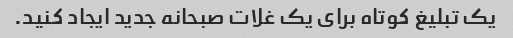
یک تبلیغ کوتاه برای یک غلات صبحانه جدید ایجاد کنید.